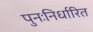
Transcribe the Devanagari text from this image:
पुनःनिर्धारित